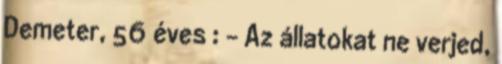
Demeter, 56 éves : - Az állatokat ne verjed,